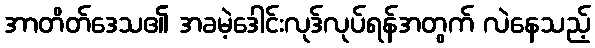
အာတိတ်ဒေသ၏ အခမဲ့ဒေါင်းလုဒ်လုပ်ရန်အတွက် လဲနေသည့်